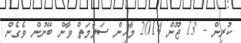
ކުރިން - 13 ޖޫން 2014 މާހިން ސަލާމަތް ވާން ބޭނުން ވެގެން